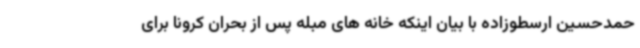
حمدحسین ارسطوزاده با بیان اینکه خانه های مبله پس از بحران کرونا برای